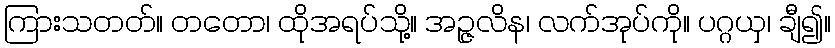
ကြားသတတ်။ တတော၊ ထိုအရပ်သို့။ အဉ္ဇလိန၊ လက်အုပ်ကို။ ပဂ္ဂယှ၊ ချီ၍။